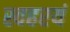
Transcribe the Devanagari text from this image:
स्वहरयं